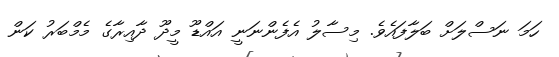
ހަމަ ނަސްލަށް ބަލާފައެވެ. މިސާލު އެފެންނަނީ އައްޑޫ މީދޫ ދާއިރާގެ މެމްބަރު ކަން